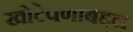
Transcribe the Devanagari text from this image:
खोटेपणाबद्दल